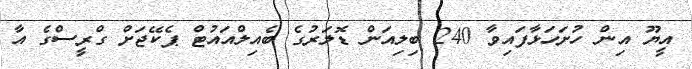
އީޔޫ އިން ހުށަހަޅާފައިވާ 240 ބިލިއަން ޑޮލަރުގެ ބެއިލްއައުޓް ޕެކޭޖަށް ގްރީސްގެ އާ